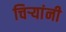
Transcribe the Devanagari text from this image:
चिर्‍यांनी